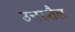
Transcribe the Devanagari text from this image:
उत्तरशैल